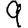
Digit: 9